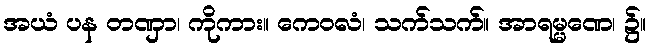
အယံ ပန တဏှာ၊ ကိုကား။ ကေဝလံ၊ သက်သက်။ အာရမ္မဏေ၊ ၌။